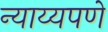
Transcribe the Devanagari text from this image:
न्याय्यपणे